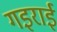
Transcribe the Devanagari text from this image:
गइराई